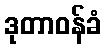
ဒုတာဝန်ခံ